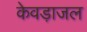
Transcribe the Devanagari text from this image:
केवड़ाजल